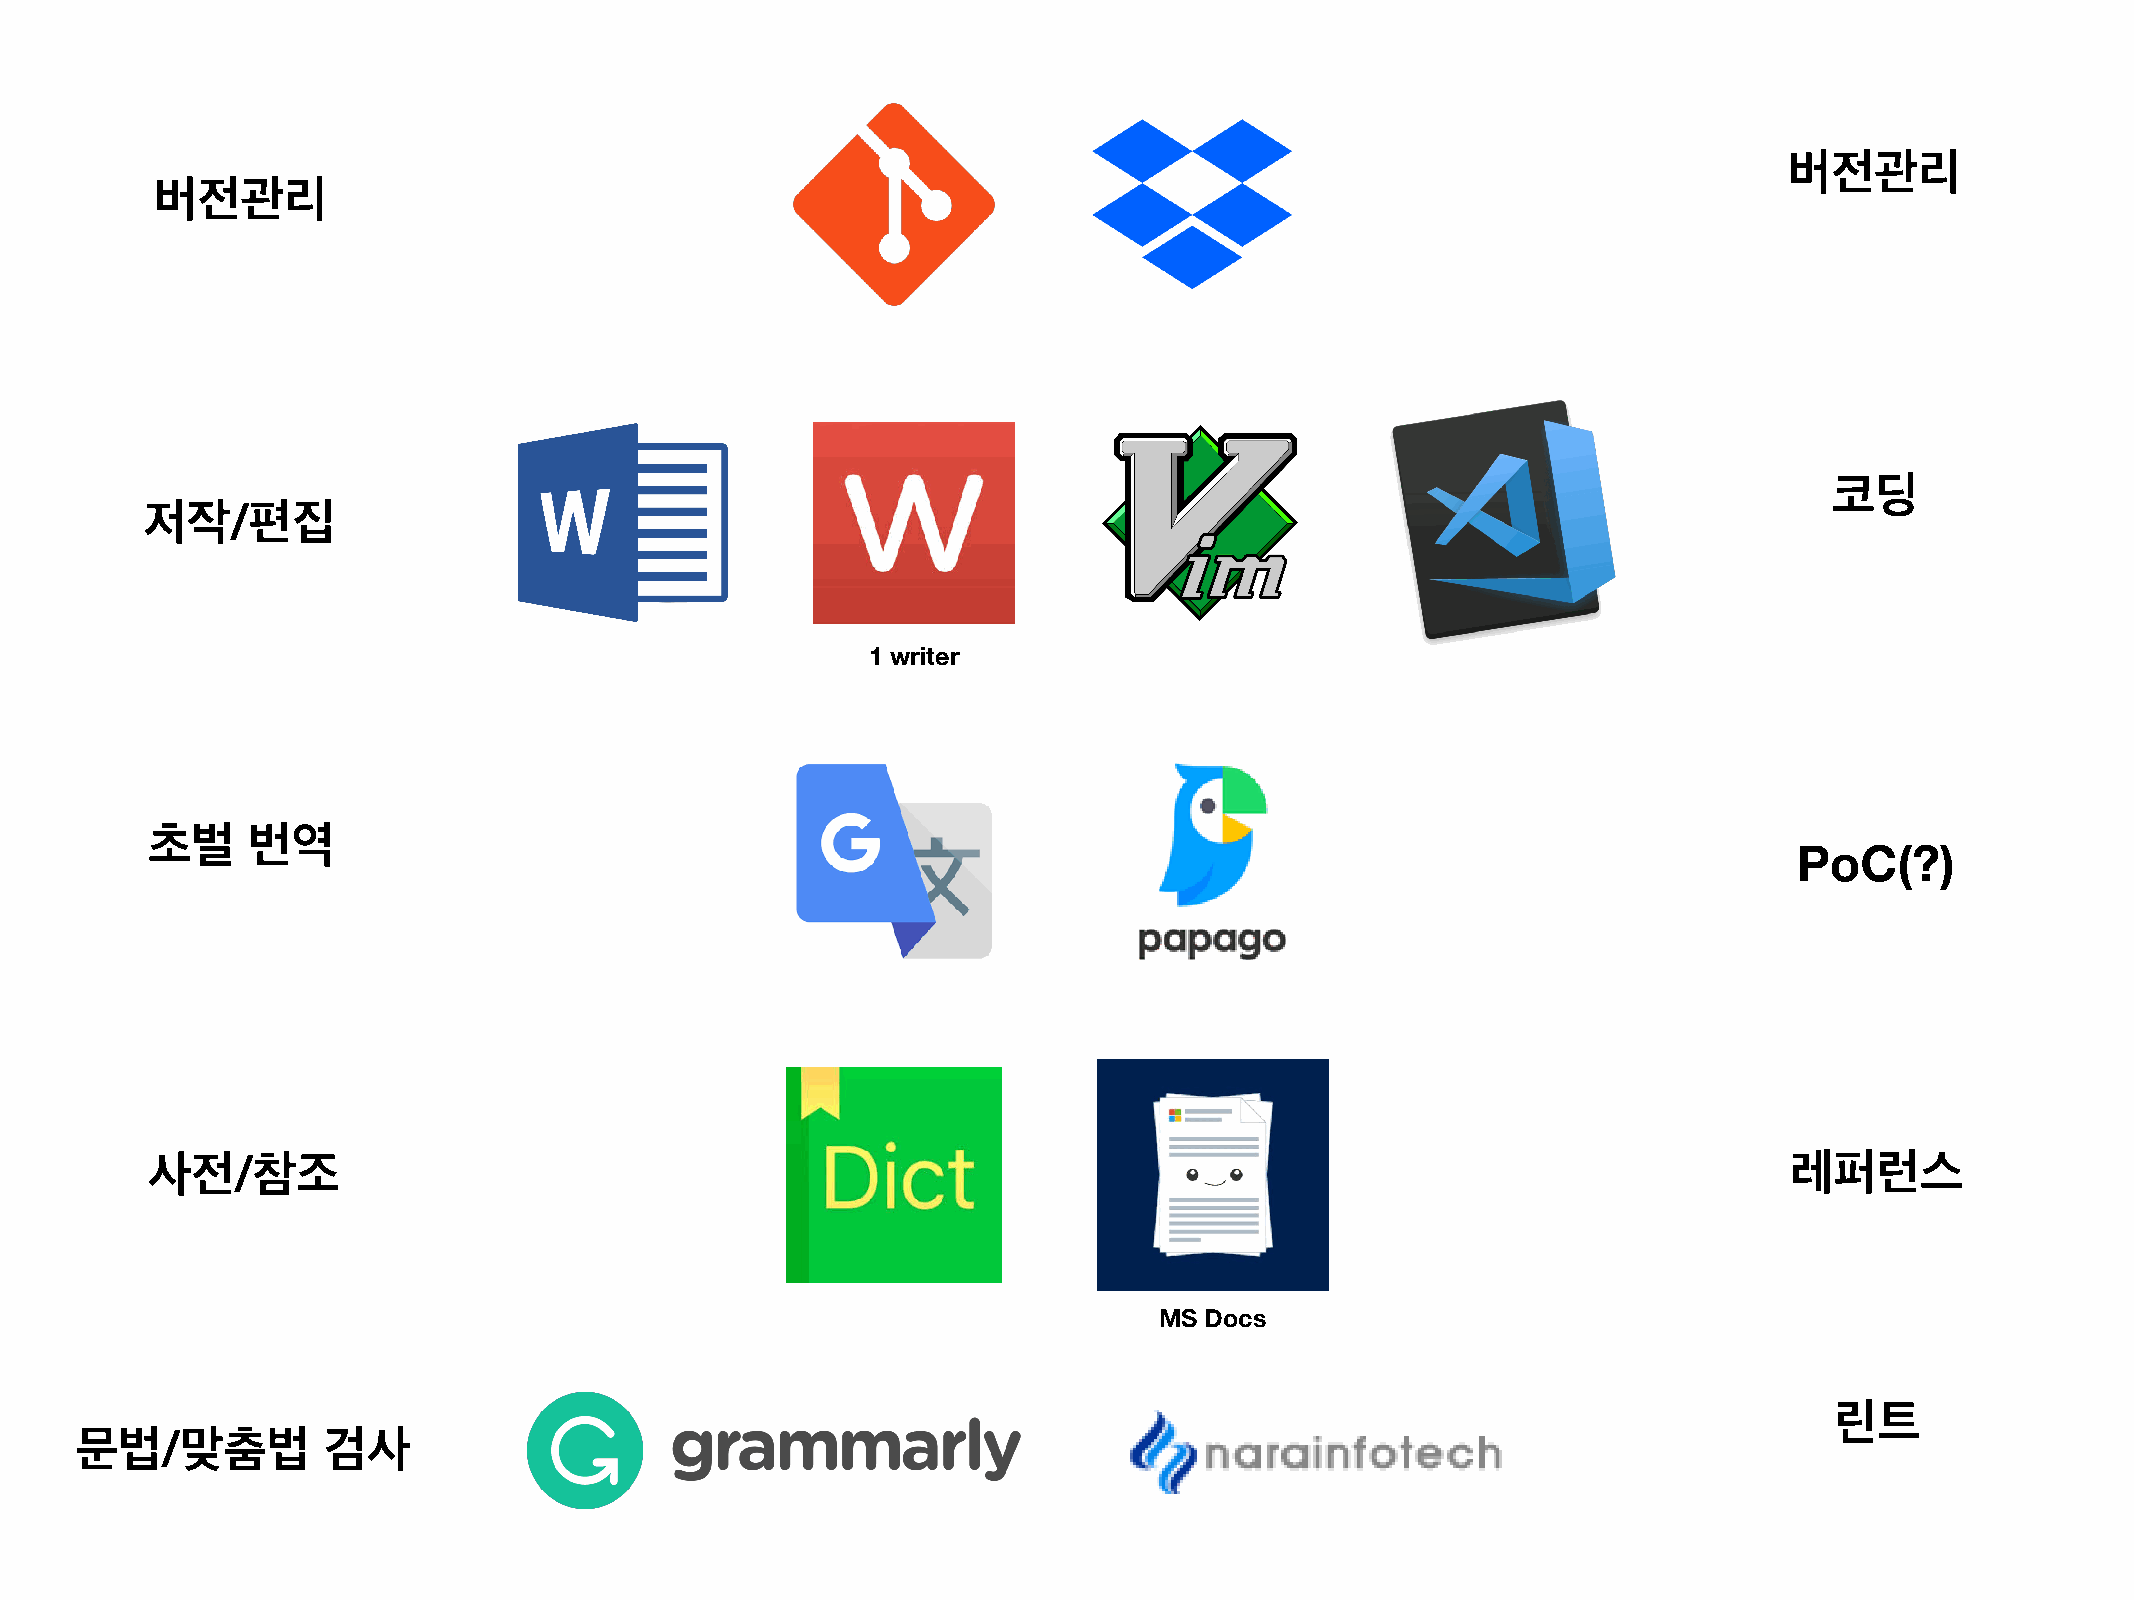
버전관리
 버전관리
 코딩
 저작/편집
 1 writer
 초벌    번역
 PoC(?)
 사전/참조                                                                                                       레퍼런스
 MS Docs
 린트
 문법/맞춤법          검사